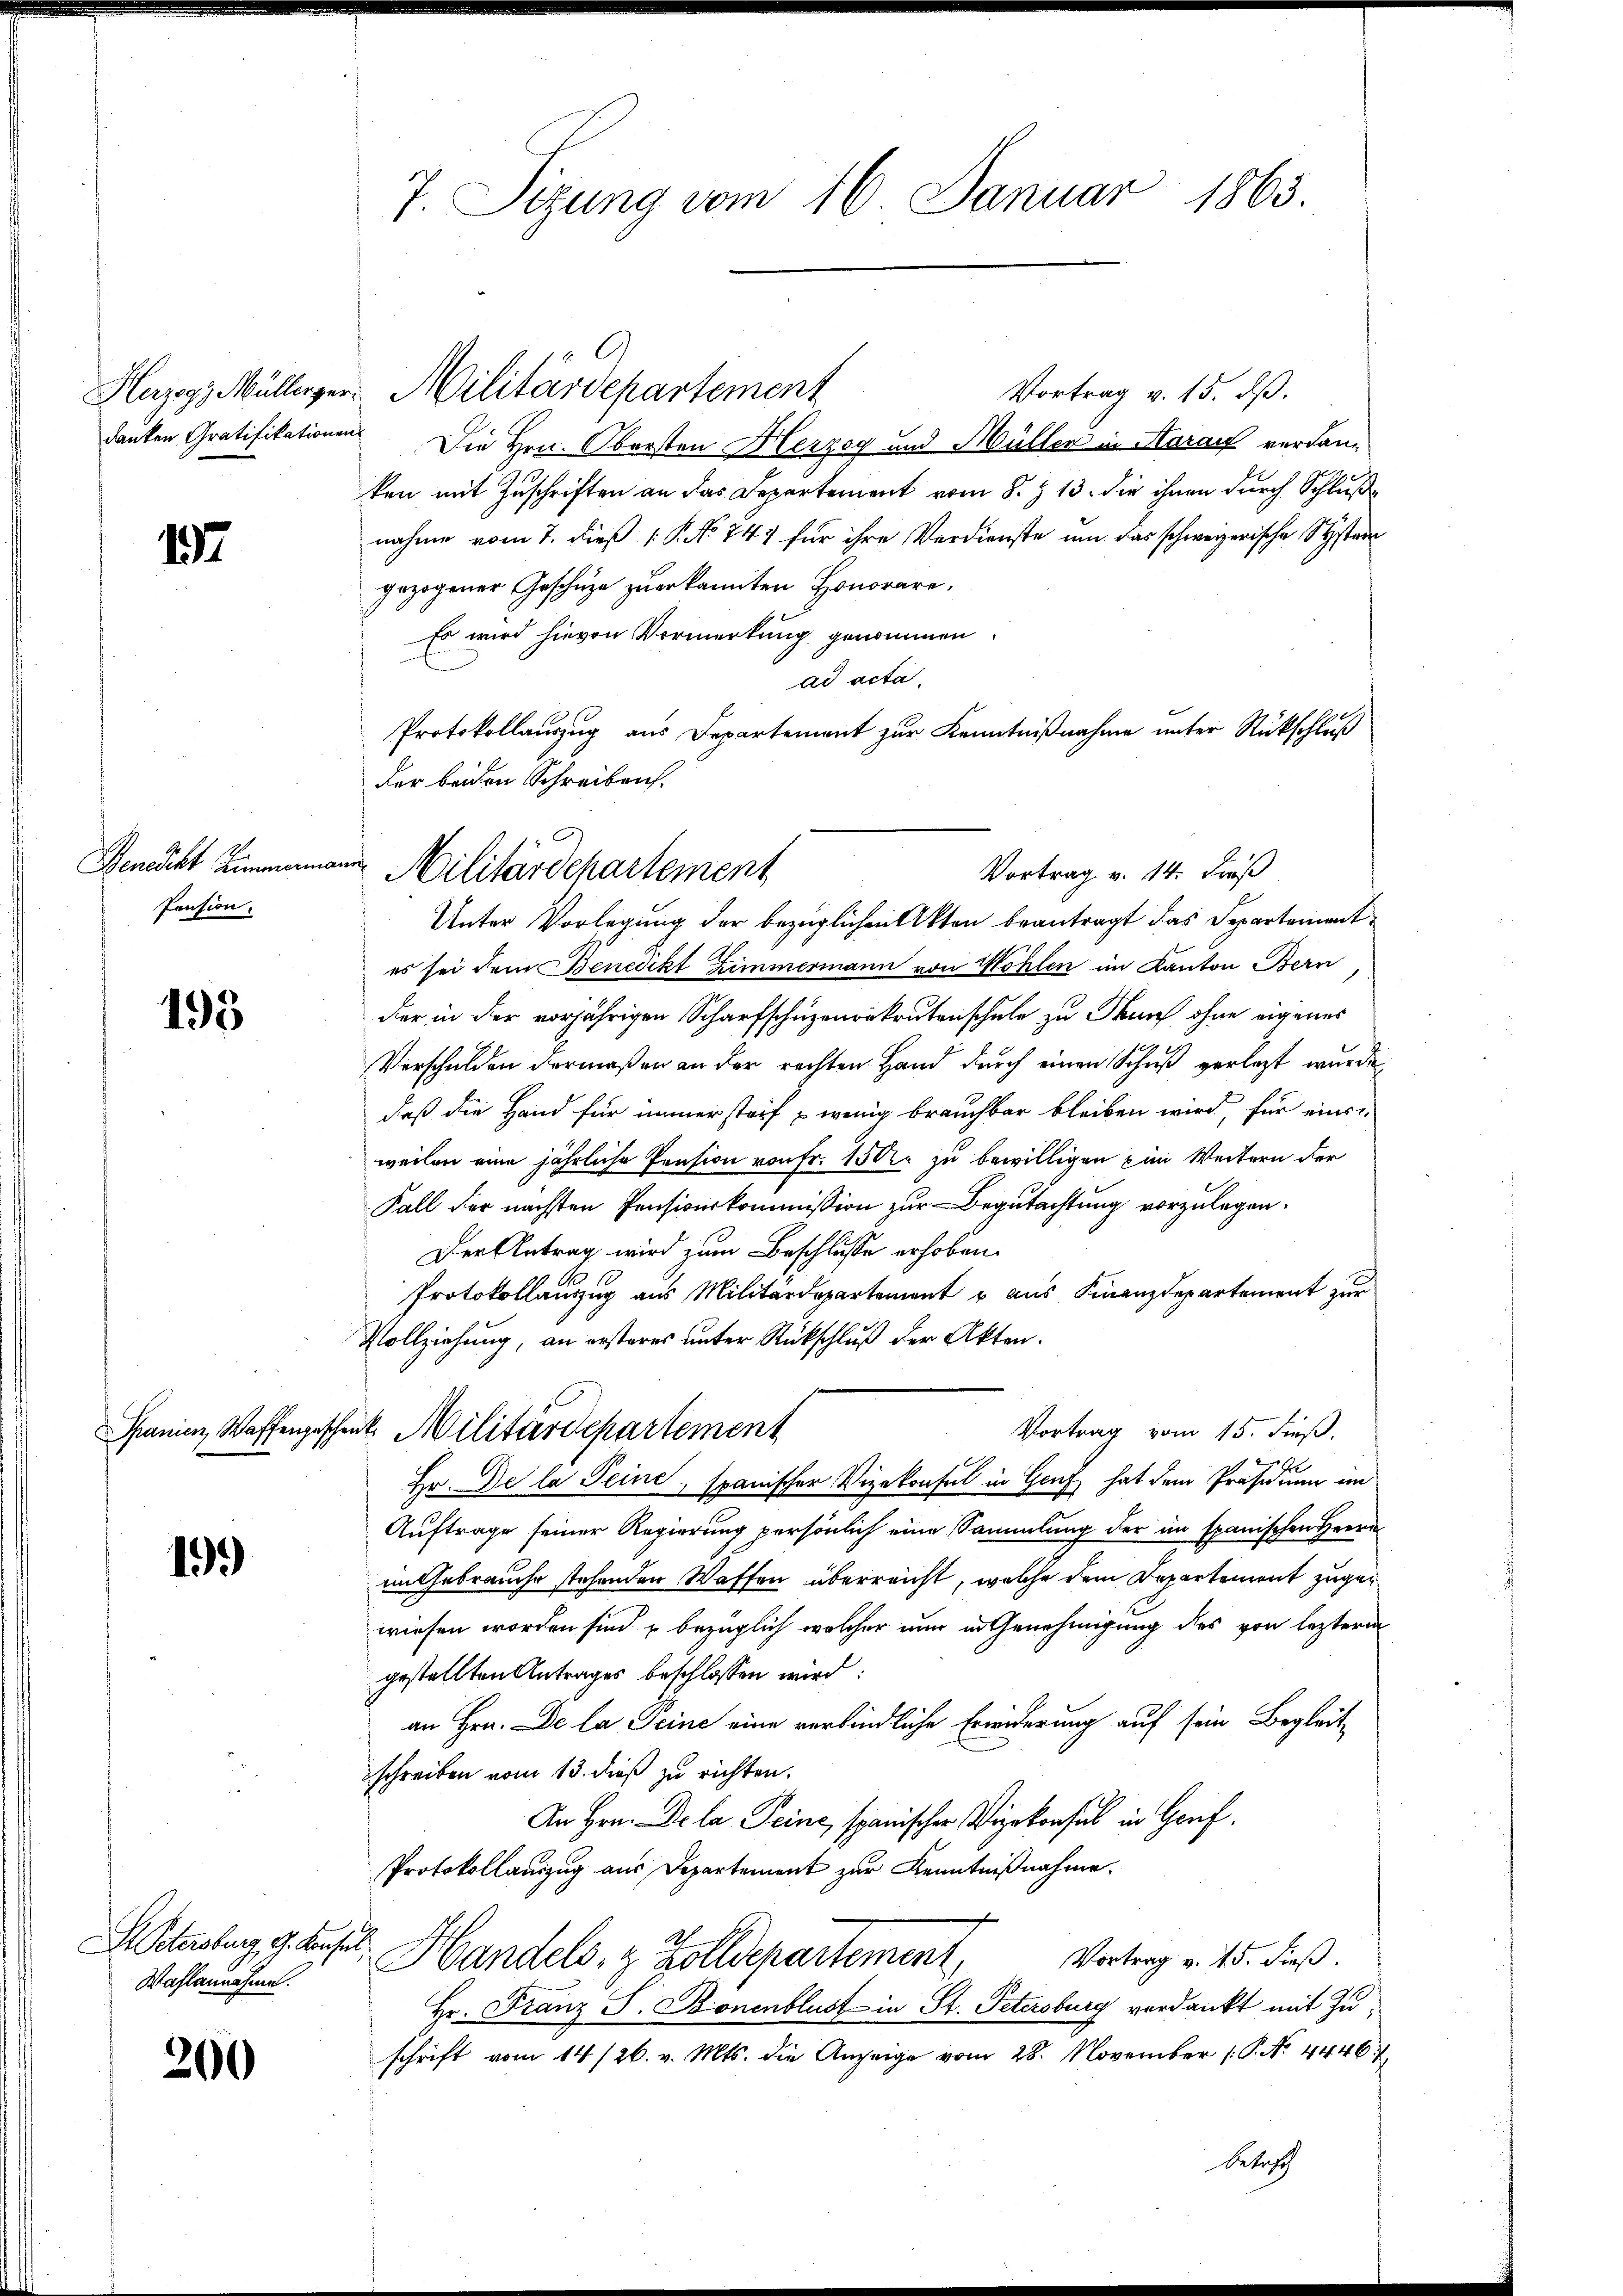
17

Benedikt Zimmerma
Pension.

195

19.)

S. Petersburg, G. Konsul
Wahlannahme.

200

7 Sizung vom 16. Januar 1865.

Hazogg Müllerger. Militärdepartement

Vortrag v. 15. dß.
dauten Gratifikationen Die Hrn. Obersten Herzog und Müller in Aarauf verdanken mit Zuschriften an das Departement vom 8. Z. 13. die ihnen durch Schlußnahme vom 7. dieß P. No 747 für ihre Verdienste um das schweizerische System
gezogener Geschütze zuerkannten Honorare,
Es wird hievon Vormerkung genommen.
ad acta,
Protokollauszug aus Departement zur Kenntnißnahme unter Rückschluß
der beiden Schreiben.
Unter Vorlegung der bezüglichen Akten beantragt das Departementes sei dem Benedikt Zimmermann von Wohlen im Kanton Bern
der in der vorjährigen Scharfschüzenrekrutenschule zu Hans ohne eigenes
Verschulden dermaßen an der rechten Hand durch einen Schuß verlegt wurde,
daß die Hand für immersteif wenig brauchbar bleiben wird, für einen
weilen eine jährliche Pension von Fr. 150 zu bewilligen im Weitern der
Fall der nächsten Pensionskommission zur Begutachtung vorzulegen.
Der Antrag wird zum Beschlusse erhoben.
Protokollauszug aus Militärdepartement u aus Finanzdepartement zur
Vollziehung, an ersteres unter Rückschluß der Akten.
Vortrag vom 15. dieß.
Spanien, Waffengeschenk. Militärdepartement
Hr. De la Seine, spanischer Vizekonsul in Genf hat dem Präsidium im
Auftrage seiner Regierung persönlich eine Sammlung der im spanischen Herrn
im Gebrauche stehenden Waffen überreicht, welche dem Departement zugewiesen worden sind, u bezüglich welcher nun in Genehmigung des von lezteren
gestellten Antrages beschlossen wird:
an Hrn. De la Seine eine verbindliche Erwiderung auf sein Begleitschreiben vom 13. dieß zu richten.
An Hrn. De la Peine, spanischer Vizekonsul in Genf.
Protokollanzug aus Departement zur Kenntnißnahme.
Handels, z. Zolldepartement, Vortrag v. 15. dieß.
Hr. Franz S. Bonenblust in St. Petersburg verdankt mit Zuschrift vom 14/26. v. Mts. die Anzeige vom 28. November (P. No. 4446. 1

um Militärdchartement
Vortrag v. 14. Fuß

Betriff